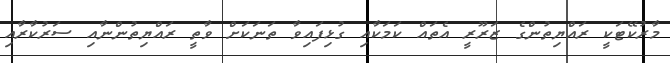
މާރުކޭޓަކީ ރައްޔިތުންގެ ޒަރޫރީ އެތައް ކަމަކާއި ގުޅިފައިވާ ތަނަކަށް ވާތީ ރައްޔިތުންނާއި ސަރުކާރާއި